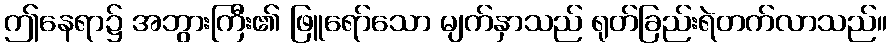
ဤနေရာ၌ အဘွားကြီး၏ ဖြူရော်သော မျက်နှာသည် ရုတ်ခြည်းရဲတက်လာသည်။